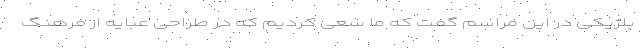
بلژیکی در این مراسم گفت که ما سعی کردیم که در طراحی عبایه از فرهنگ